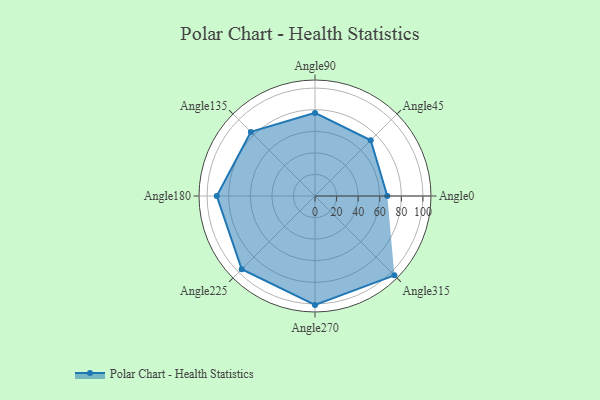
{"axis": {"x": "Angle", "y": "Radius"}, "legend": [""], "data": [{"x": "Angle0", "y": 67.0, "type": ""}, {"x": "Angle45", "y": 73.0, "type": ""}, {"x": "Angle90", "y": 77.0, "type": ""}, {"x": "Angle135", "y": 84.0, "type": ""}, {"x": "Angle180", "y": 91.0, "type": ""}, {"x": "Angle225", "y": 96.0, "type": ""}, {"x": "Angle270", "y": 101.0, "type": ""}, {"x": "Angle315", "y": 104.0, "type": ""}]}